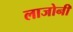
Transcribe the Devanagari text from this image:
लाजोनी